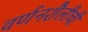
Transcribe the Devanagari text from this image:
वर्णनशैलीची